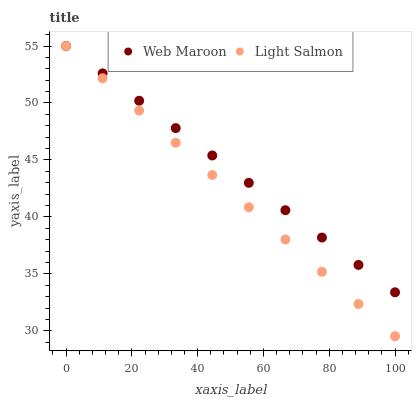
| xaxis_label | Web Maroon | Light Salmon |
 | --- | --- | --- |
 | 0 | 55 | 55 |
 | 11.1 | 52.6 | 52.2 |
 | 22.2 | 50.2 | 49.3 |
 | 33.3 | 47.8 | 46.5 |
 | 44.4 | 45.4 | 43.7 |
 | 55.6 | 43 | 40.8 |
 | 66.7 | 40.6 | 38 |
 | 77.8 | 38.2 | 35.2 |
 | 88.9 | 35.8 | 32.4 |
 | 100 | 33.4 | 29.5 |